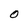
Character: O